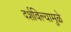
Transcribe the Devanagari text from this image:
दर्शविल्यामुळे